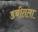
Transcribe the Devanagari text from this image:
डबीतला